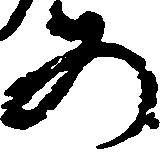
め